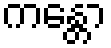
ကန္တော